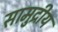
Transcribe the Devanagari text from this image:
सामुद्रीय